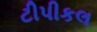
ટીપીકલ